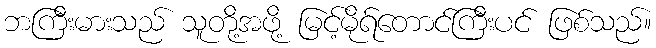
ဘကြီးမားသည် သူတို့အဖို့ မြင့်မိုရ်တောင်ကြီးပင် ဖြစ်သည်။